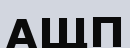
АЩП